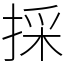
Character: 採